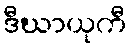
ဒီဃာယုကီ